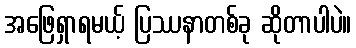
အဖြေရှာရမယ့် ပြဿနာတစ်ခု ဆိုတာပါပဲ။